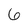
Character: 6